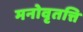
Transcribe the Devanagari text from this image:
मनोवृतत्ति